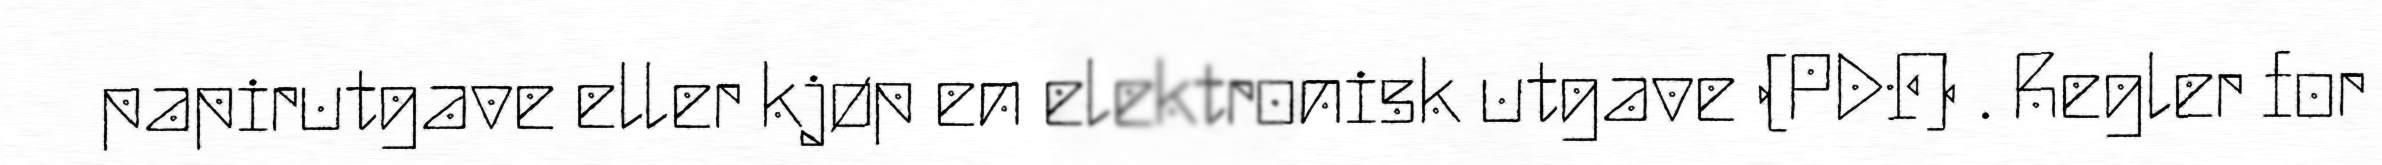
papirutgave eller kjøp en elektronisk utgave (PDF) . Regler for